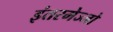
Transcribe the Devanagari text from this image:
इंतरमेज्जो